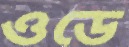
ওডে